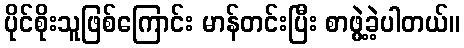
ပိုင်စိုးသူဖြစ်ကြောင်း မာန်တင်းပြီး စာဖွဲ့ခဲ့ပါတယ်။